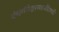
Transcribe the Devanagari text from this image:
पंचगंगेश्वरमठाधिपती